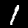
Label: 1